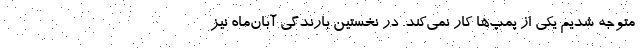
متوجه شدیم یکی از پمپ‌ها کار نمی‌کند. در نخستین بارندگی آبان‌ماه نیز